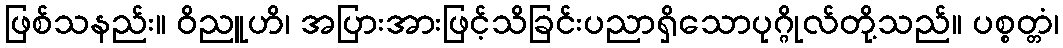
ဖြစ်သနည်း။ ဝိညူဟိ၊ အပြားအားဖြင့်သိခြင်းပညာရှိသောပုဂ္ဂိုလ်တို့သည်။ ပစ္စတ္တံ၊